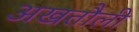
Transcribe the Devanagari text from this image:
अखतौली